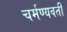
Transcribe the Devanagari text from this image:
चर्मण्यवती